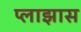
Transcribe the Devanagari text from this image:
प्लाझास